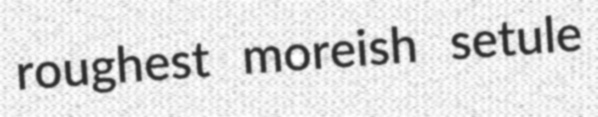
roughest moreish setule